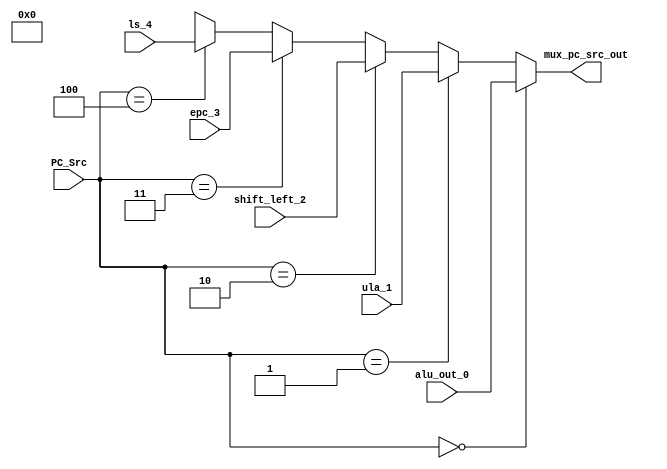
module mux_pc_src(
    input wire [2:0] PC_Src,
    input wire [31:0] alu_out_0, ula_1, shift_left_2, epc_3, ls_4,
    output wire [31:0] mux_pc_src_out
);
    
    
    assign mux_pc_src_out = (PC_Src == 3'b000) ?  alu_out_0:
                            (PC_Src == 3'b001) ?  ula_1:
                            (PC_Src == 3'b010) ?  shift_left_2:
                            (PC_Src == 3'b011) ?  epc_3 :
                            (PC_Src == 3'b100) ?  ls_4:
                            3'bX;


endmodule